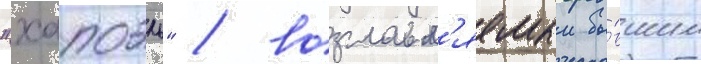
"хапоэль" / возглавл'яемыи бы́вшим